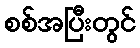
စစ်အပြီးတွင်